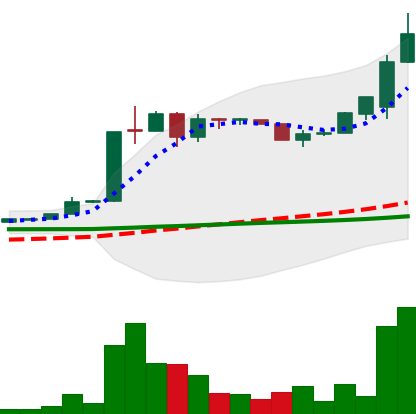
Ticker: LTC-USD
Chart end date: 2015-06-30
Forward return: 21.189%
Label: up_7plus